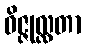
ဝိဇ္ဇုလ္လတာ